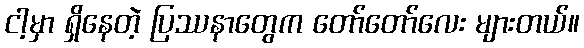
ငါ့မှာ ရှိနေတဲ့ ပြဿနာတွေက တော်တော်လေး များတယ်။